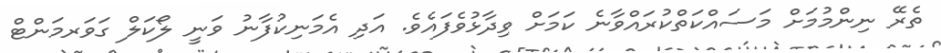
ތެރޭ ނިންމުމަށް މަސައްކަތްކުރައްވާނެ ކަމަށް ވިދާޅުވެފައެވެ. އަދި އެމަނިކުފާނު ވަނީ ލޯކަލް ގަވަރމަންޓް